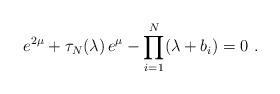
LaTeX: \begin{align*}e^{2\mu}+\tau_N(\lambda)\,e^{\mu}-\prod_{i=1}^N(\lambda+b_i)=0 ~.\end{align*}